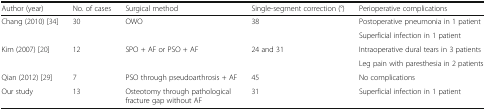
<table><thead><tr><td><b>Author (year)</b></td><td><b>No. of cases</b></td><td><b>Surgical method</b></td><td><b>Single-segment correction (°)</b></td><td><b>Perioperative complications</b></td></tr></thead><tbody><tr><td rowspan="2">Chang (2010) [34]</td><td rowspan="2">30</td><td rowspan="2">OWO</td><td rowspan="2">38</td><td>Postoperative pneumonia in 1 patient</td></tr><tr><td>Superficial infection in 1 patient</td></tr><tr><td rowspan="2">Kim (2007) [20]</td><td rowspan="2">12</td><td rowspan="2">SPO + AF or PSO + AF</td><td rowspan="2">24 and 31</td><td>Intraoperative dural tears in 3 patients</td></tr><tr><td>Leg pain with paresthesia in 2 patients</td></tr><tr><td>Qian (2012) [29]</td><td>7</td><td>PSO through pseudoarthrosis + AF</td><td>45</td><td>No complications</td></tr><tr><td>Our study</td><td>13</td><td>Osteotomy through pathological fracture gap without AF</td><td>31</td><td>Superficial infection in 1 patient</td></tr></tbody></table>